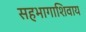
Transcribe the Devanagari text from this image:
सहभागाशिवाय